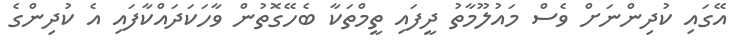
އޭގައި ކުދިންނަށް ވެސް މައުލޫމާތު ދީފައި ތީމްތަކާ ބެހޭގޮތުން ވާހަކަދައްކާފައި އެ ކުދިންގެ